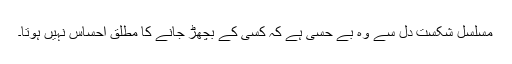
مسلسل شکست دل سے وہ بے حسی ہے کہ کسی کے بچھڑ جانے کا مطلق احساس نہیں ہوتا۔